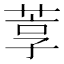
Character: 𬝇